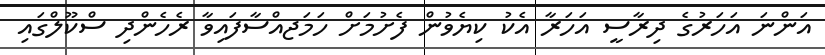
އަންނަ އަހަރުގެ ދިރާސީ އަހަރާ އެކު ކިޔެވުން ފެށުމަށް ހަމަޖއްސާފައިވާ ރެހެންދި ސްކޫލްގައި